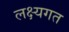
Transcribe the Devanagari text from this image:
लक्ष्यगत